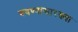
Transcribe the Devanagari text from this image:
बघण्यासारख्या